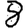
Digit: 8